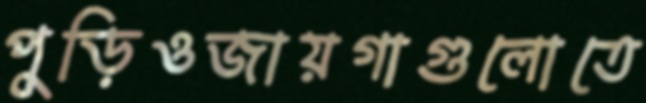
পুড়িওজায়গাগুলোতে